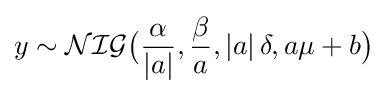
y\sim {\mathcal {NIG}}{\bigl (}{\frac {\alpha }{\left|a\right|}},{\frac {\beta }{a}},\left|a\right|\delta ,a\mu +b{\bigr )}